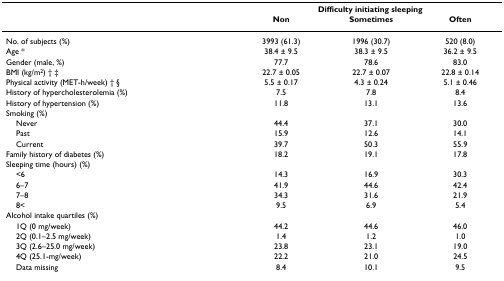
<table><thead><tr><td></td><td colspan="3"><b>Difficulty initiating sleeping</b></td></tr><tr><td></td><td><b>Non</b></td><td><b>Sometimes</b></td><td><b>Often</b></td></tr></thead><tbody><tr><td>No. of subjects (%)</td><td>3993 (61.3)</td><td>1996 (30.7)</td><td>520 (8.0)</td></tr><tr><td>Age *</td><td>38.4 ± 9.5</td><td>38.3 ± 9.5</td><td>36.2 ± 9.5</td></tr><tr><td>Gender (male, %)</td><td>77.7</td><td>78.6</td><td>83.0</td></tr><tr><td>BMI (kg/m<sup>2</sup>) † ‡</td><td>22.7 ± 0.05</td><td>22.7 ± 0.07</td><td>22.8 ± 0.14</td></tr><tr><td>Physical activity (MET-h/week) † §</td><td>5.5 ± 0.17</td><td>4.3 ± 0.24</td><td>5.1 ± 0.46</td></tr><tr><td>History of hypercholesterolemia (%)</td><td>7.5</td><td>7.8</td><td>8.4</td></tr><tr><td>History of hypertension (%)</td><td>11.8</td><td>13.1</td><td>13.6</td></tr><tr><td>Smoking (%)</td><td></td><td></td><td></td></tr><tr><td> Never</td><td>44.4</td><td>37.1</td><td>30.0</td></tr><tr><td> Past</td><td>15.9</td><td>12.6</td><td>14.1</td></tr><tr><td> Current</td><td>39.7</td><td>50.3</td><td>55.9</td></tr><tr><td>Family history of diabetes (%)</td><td>18.2</td><td>19.1</td><td>17.8</td></tr><tr><td>Sleeping time (hours) (%)</td><td></td><td></td><td></td></tr><tr><td> &lt;6</td><td>14.3</td><td>16.9</td><td>30.3</td></tr><tr><td> 6–7</td><td>41.9</td><td>44.6</td><td>42.4</td></tr><tr><td> 7–8</td><td>34.3</td><td>31.6</td><td>21.9</td></tr><tr><td> 8&lt;</td><td>9.5</td><td>6.9</td><td>5.4</td></tr><tr><td>Alcohol intake quartiles (%)</td><td></td><td></td><td></td></tr><tr><td> 1Q (0 mg/week)</td><td>44.2</td><td>44.6</td><td>46.0</td></tr><tr><td> 2Q (0.1–2.5 mg/week)</td><td>1.4</td><td>1.2</td><td>1.0</td></tr><tr><td> 3Q (2.6–25.0 mg/week)</td><td>23.8</td><td>23.1</td><td>19.0</td></tr><tr><td> 4Q (25.1-mg/week)</td><td>22.2</td><td>21.0</td><td>24.5</td></tr><tr><td> Data missing</td><td>8.4</td><td>10.1</td><td>9.5</td></tr></tbody></table>